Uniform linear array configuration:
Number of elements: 16
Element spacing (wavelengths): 0.75
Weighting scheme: binomial
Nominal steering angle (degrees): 60
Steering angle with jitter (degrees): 58.65
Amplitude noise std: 0.05
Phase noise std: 0.05

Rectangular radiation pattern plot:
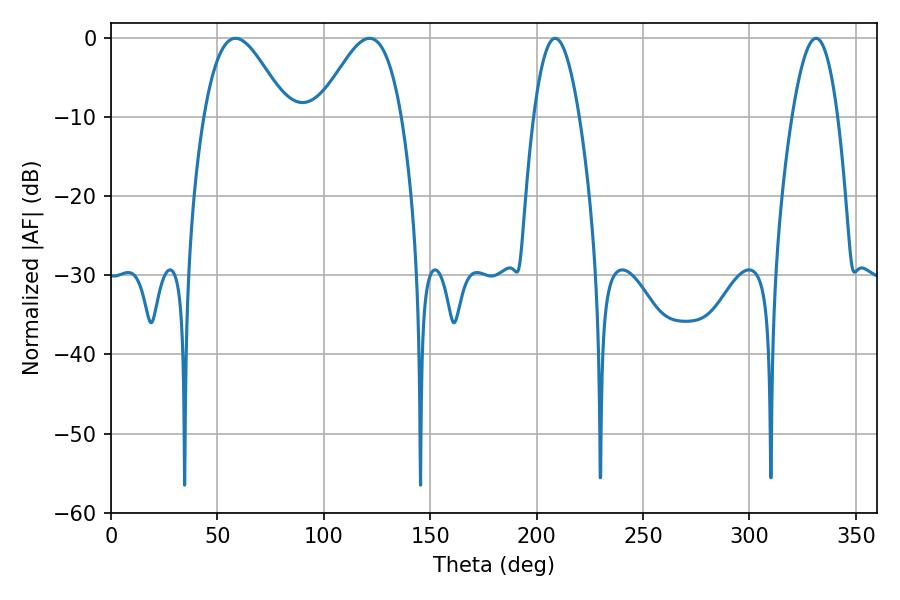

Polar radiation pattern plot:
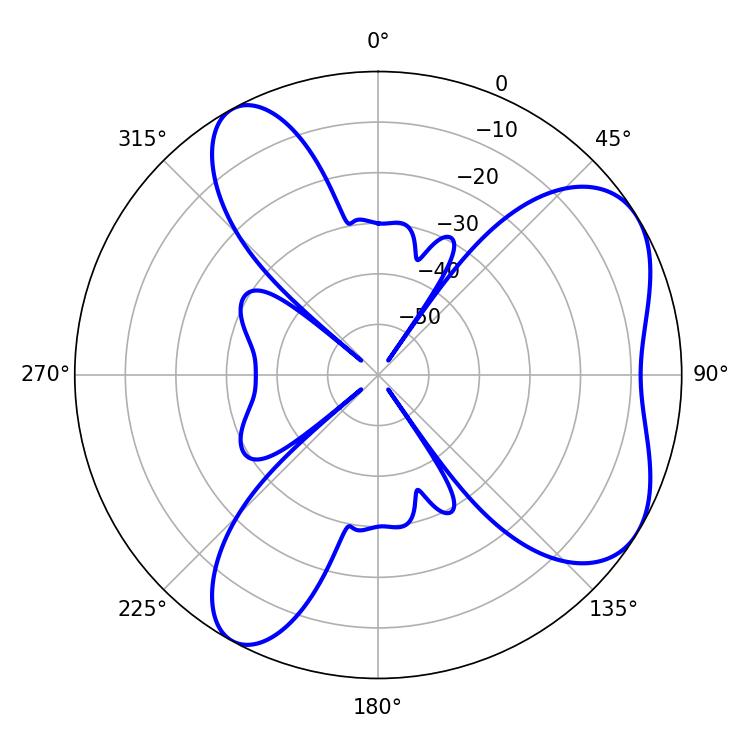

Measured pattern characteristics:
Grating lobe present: TRUE
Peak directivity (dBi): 5.949
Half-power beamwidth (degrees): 20.88
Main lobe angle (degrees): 58.5